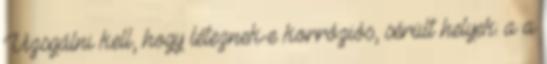
Vizsgálni kell, hogy léteznek-e korróziós, sérült helyek: a a